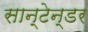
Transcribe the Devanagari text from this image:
सान्टेन्डर